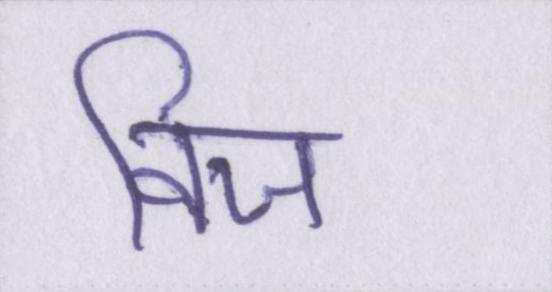
विज